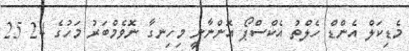
މެޑިކަލް އެންޑް ހެލްތު އެކްސްޕޯ އޮންނާނީ މިހިނގާ ނޮވެމްބަރު މަހުގެ 24 25